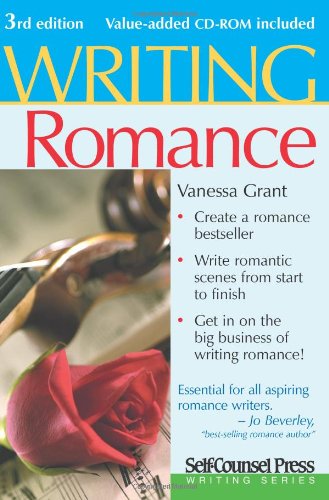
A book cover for Writing Romance; Vanessa Grant; Romance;